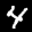
Label: 4